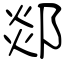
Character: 郯